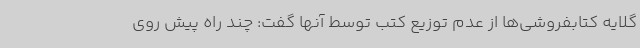
گلایه کتابفروشی‌ها از عدم توزیع کتب توسط آنها گفت: چند راه پیش روی